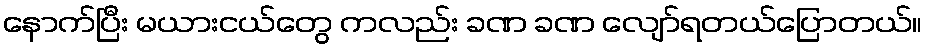
နောက်ပြီး မယားငယ်တွေ ကလည်း ခဏ ခဏ လျော်ရတယ်ပြောတယ်။